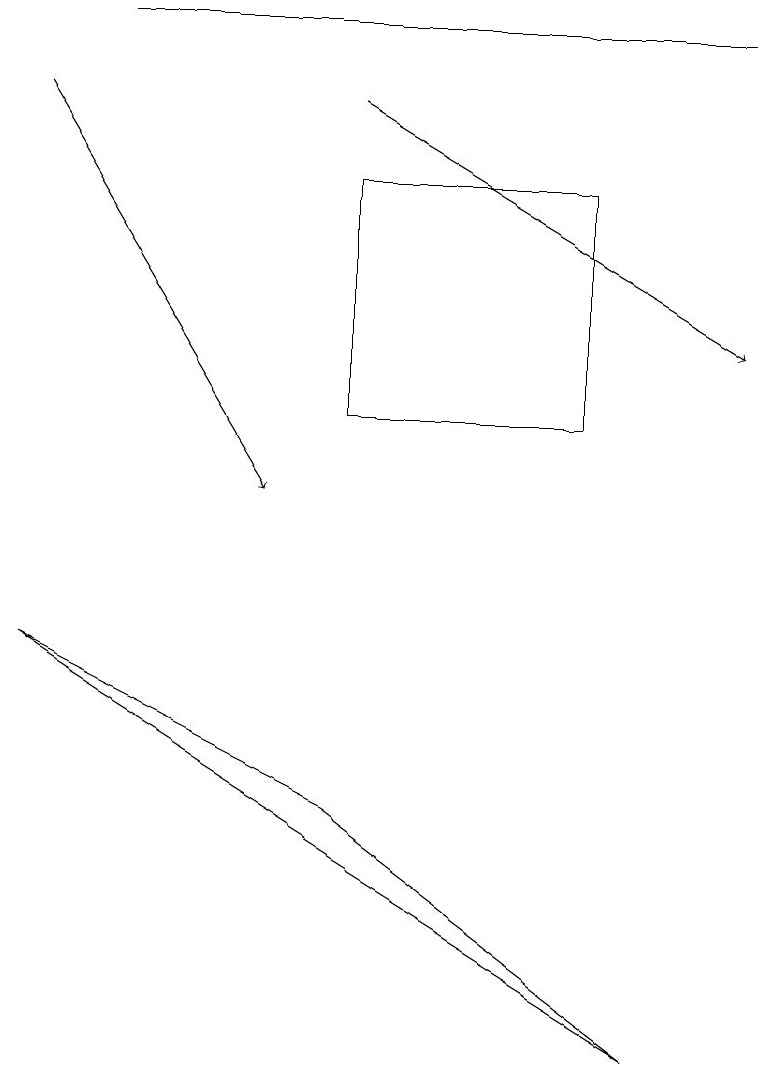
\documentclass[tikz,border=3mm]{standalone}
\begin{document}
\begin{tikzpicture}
\draw[->] (0,15) -- (3,10);
\draw (7,14) rectangle (4,11);
\draw[->] (1,16) -- (9,16);
\draw[->] (4,15) -- (9,12);
\draw (4,6) -- (0,8) -- (8,3) -- cycle;
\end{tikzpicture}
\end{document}